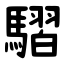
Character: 騽